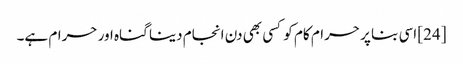
[24] اسی بنا پر حرام کام کو کسی بھی دن انجام دینا گناہ اور حرام ہے۔